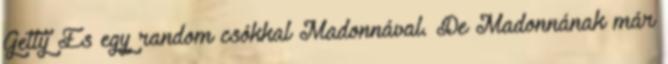
Getty És egy random csókkal Madonnával. De Madonnának már